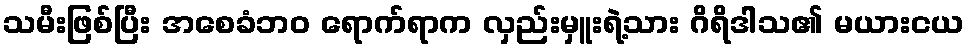
သမီးဖြစ်ပြီး အစေခံဘဝ ရောက်ရာက လှည်းမှူးရဲ့သား ဂိရိဒါသ၏ မယားငယ